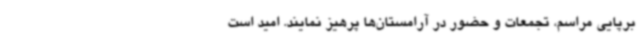
برپایی مراسم، تجمعات و حضور در آرامستان‌ها پرهیز نمایند. امید است